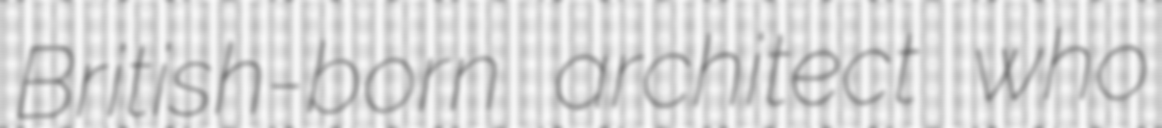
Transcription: British-born architect who